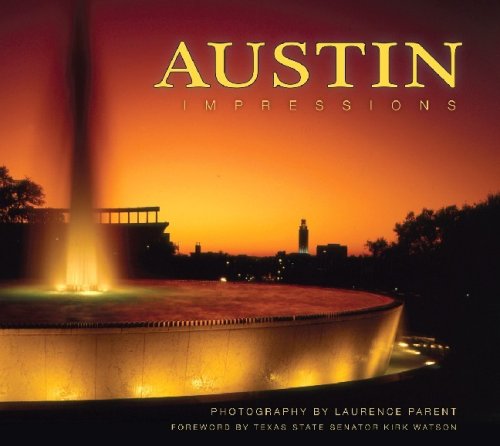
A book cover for Austin Impressions (Impressions (Farcountry Press)); photography by Laurence Parent; Travel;